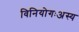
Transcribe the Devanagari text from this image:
विनियोगःअस्य